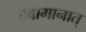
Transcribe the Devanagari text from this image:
हवामानात्